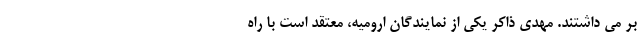
بر می داشتند. مهدی ذاکر یکی از نمایندگان ارومیه، معتقد است با راه